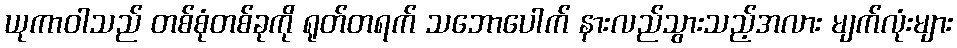
ယုကာဝါသည် တစ်စုံတစ်ခုကို ရုတ်တရက် သဘောပေါက် နားလည်သွားသည့်အလား မျက်လုံးများ